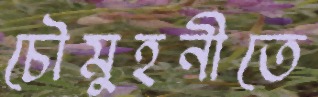
চৌমুহনীতে